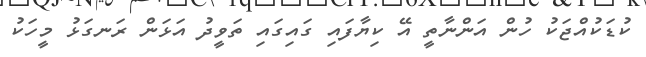
ކުޑަކުއްޖަކު ހުން އަންނާތީ އޭ ކިޔާފައި ގައިގައި ތަވީދު އަޅަން ރަނގަޅު މީހަކު